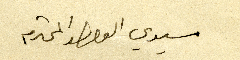
سيدي الوالد المحترم